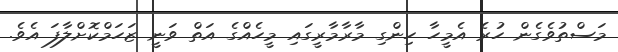
މަސްތުވެގެން ހުރެ އެމީހާ ހިންގި މާރާމާރީގައި މީހެއްގެ އަތް ވަނީ ޒަހަމްކޮށްލާފަ އެވެ.